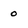
Character: 0